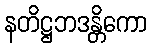
နတိဋ္ဌဘဒန္တိကော